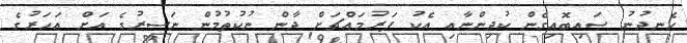
ހެނދުނު ސައިބޮއިގެން ކުދިންނާއި އެކު ފަރުމައްޗަށް ދާން ނުކުތުމުން ނަސީރުގެ އަށް އަހަރުގެ